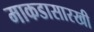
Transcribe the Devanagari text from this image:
माकडासारखी